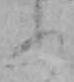
あ